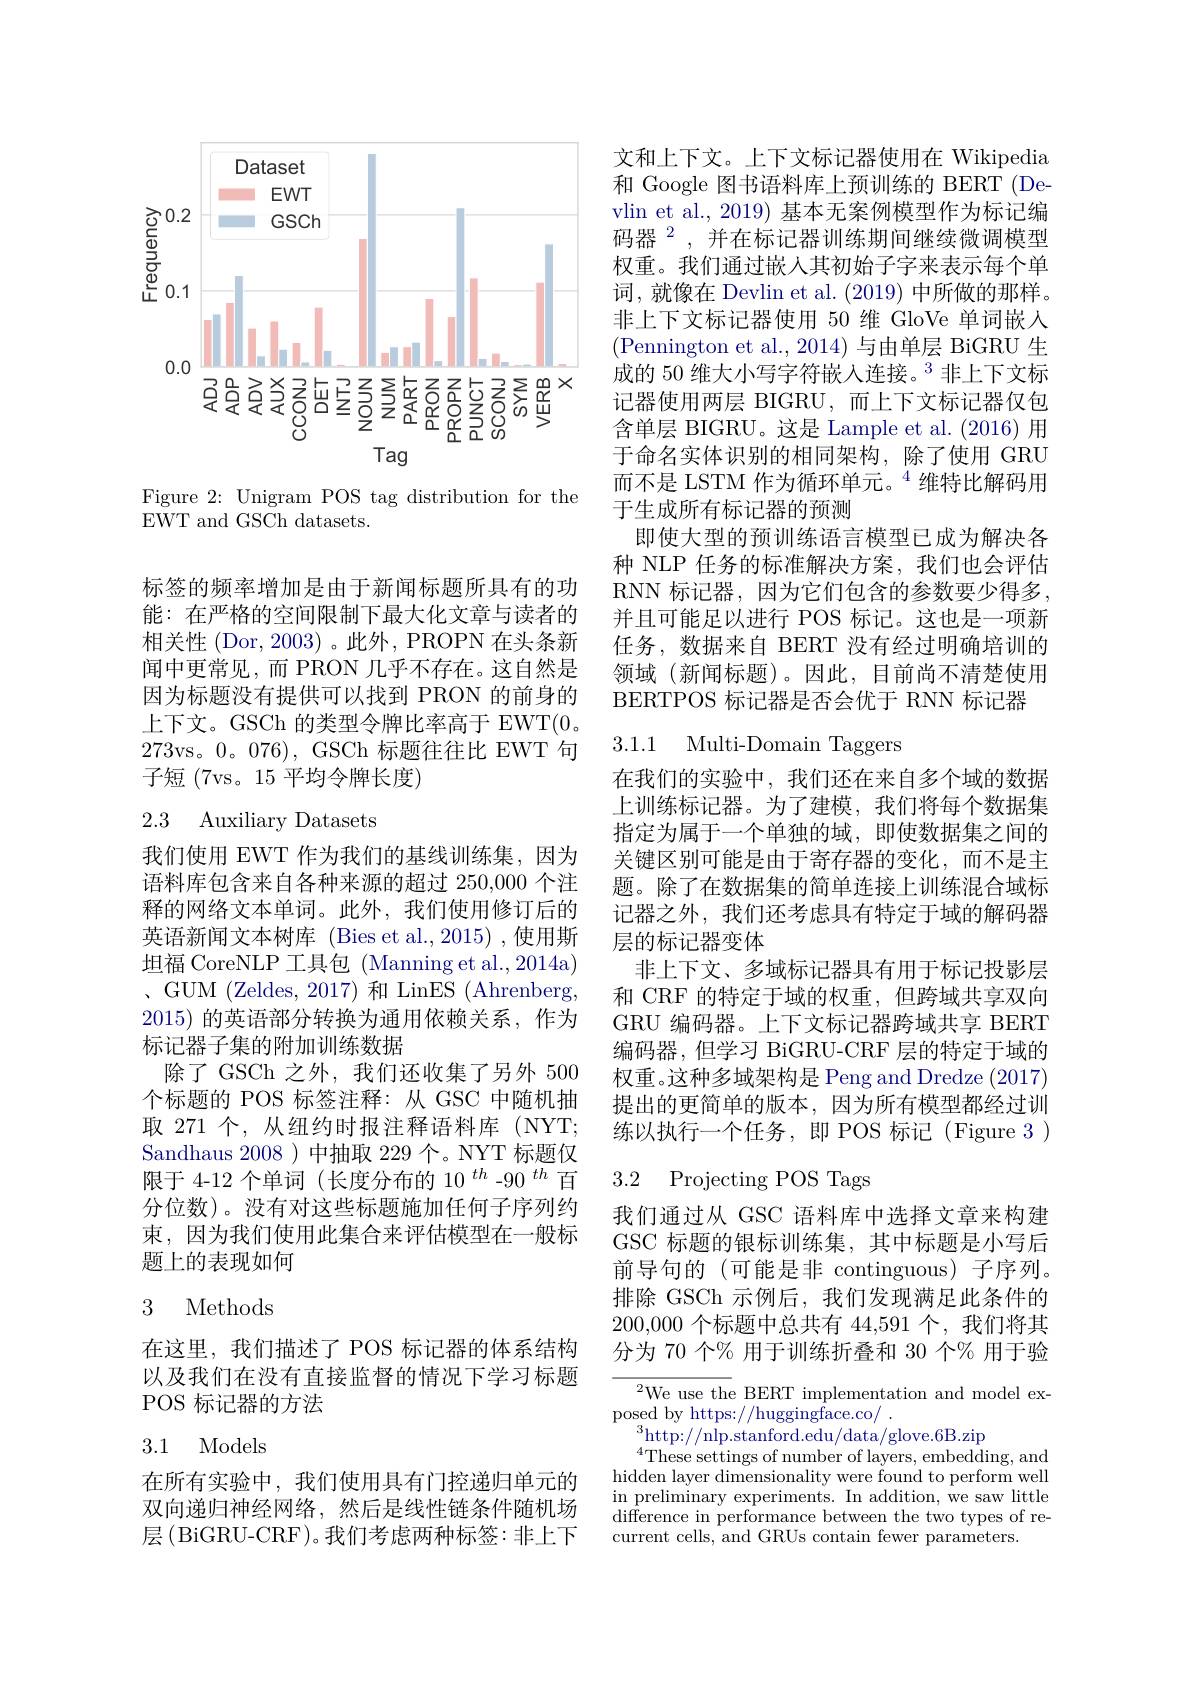
<FigureHere>

Figure 2: Unigram POS tag distribution for the
EWT and GSCh datasets.

标签的频率增加是由于新闻标题所具有的功能：在严格的空间限制下最大化文章与读者的相关性 (Dor, 2003)。此外，PROPN 在头条新闻中更常见，而 PRON 几乎不存在。这自然是因为标题没有提供可以找到 PRON 的前身的上下文。GSCh 的类型令牌比率高于 EWT(0。273vs。0。076), GSCh 标题往往比 EWT 句子短(7vs。15 平均令牌长度)

## 2.3 Auxiliary Datasets

我们使用 EWT 作为我们的基线训练集，因为语料库包含来自各种来源的超过 250,000 个注释的网络文本单词。此外，我们使用修订后的英语新闻文本树库 (Bies et al.,2015) ,使用斯坦福 CoreNLP 工具包 (Manning et al.,2014a) 、 GUM ( Zeldes, 2017) 和 LinES( Ahrenberg, 2015)的英语部分转换为通用依赖关系，作为标记器子集的附加训练数据
除了 GSCh 之外，我们还收集了另外 500个标题的 POS 标签注释：从 GSC 中随机抽取 271 个，从纽约时报注释语料库 (NYT; Sandhaus 2008 )中抽取 229 个。NYT 标题仅限于 4-12 个单词 (长度分布的$10^{th}$ -90$^{th}$百分位数)。没有对这些标题施加任何子序列约束，因为我们使用此集合来评估模型在一般标题上的表现如何

### 3 Methods

在这里，我们描述了 POS 标记器的体系结构以及我们在没有直接监督的情况下学习标题POS 标记器的方法

## 3.1 Models

在所有实验中，我们使用具有门控递归单元的双向递归神经网络，然后是线性链条件随机场层(BiGRU-CRF)。我们考虑两种标签：非上下

文和上下文。上下文标记器使用在 Wikipedia 和 Google 图书语料库上预训练的 BERT (Devlin et al., 2019) 基本无案例模型作为标记编码器$^{2}$,并在标记器训练期间继续微调模型权重。我们通过嵌入其初始子字来表示每个单词，就像在 Devlin et al. (2019) 中所做的那样。非上下文标记器使用 50 维 GloVe 单词嵌人(Pennington et al., 2014) 与由单层 BiGRU 生成的 50 维大小写字符嵌入连接。$^{3}$非上下文标记器使用两层 BIGRU,而上下文标记器仅包含单层 BIGRU。这是 Lample et al. (2016) 用于命名实体识别的相同架构，除了使用 GRU 而不是 LSTM 作为循环单元。$^{4}$维特比解码用于生成所有标记器的预测
即使大型的预训练语言模型已成为解决各种 NLP 任务的标准解决方案，我们也会评估RNN 标记器，因为它们包含的参数要少得多， 并且可能足以进行 POS 标记。这也是一项新任务，数据来自 BERT 没有经过明确培训的领域 (新闻标题)。因此，目前尚不清楚使用BERTPOS 标记器是否会优于 RNN 标记器

3.1.1 Multi-Domain Taggers

在我们的实验中，我们还在来自多个域的数据上训练标记器。为了建模，我们将每个数据集指定为属于一个单独的域，即使数据集之间的关键区别可能是由于寄存器的变化，而不是主题。除了在数据集的简单连接上训练混合域标记器之外，我们还考虑具有特定于域的解码器层的标记器变体
非上下文、多域标记器具有用于标记投影层和 CRF 的特定于域的权重，但跨域共享双向GRU 编码器。上下文标记器跨域共享 BERT 编码器，但学习 BiGRU-CRF 层的特定于域的权重。这种多域架构是 Peng and Dredze (2017) 提出的更简单的版本，因为所有模型都经过训练以执行一个任务，即 POS 标记(Figure 3)

## 3.2 Projecting POS Tags

我们通过从 GSC 语料库中选择文章来构建GSC 标题的银标训练集，其中标题是小写后前导句的(可能是非 continguous)子序列。排除 GSCh 示例后，我们发现满足此条件的200,000个标题中总共有 44,591 个，我们将其分为 70 个% 用于训练折叠和 30 个% 用于验

$^{2}$We use the BERT implementation and model ex-
posed by https://huggingface.co/ .
$^3$http://nlp.stanford.edu/data/glove.6B.zip
$^{4}$These settings of number of layers, embedding, and hidden layer dimensionality were found to perform well in preliminary experiments. In addition, we saw little difference in performance between the two types of re- current cells, and GRUs contain fewer parameters.